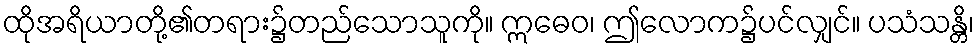
ထိုအရိယာတို့၏တရား၌တည်သောသူကို။ ဣဓေဝ၊ ဤလောက၌ပင်လျှင်။ ပသံသန္တိ၊